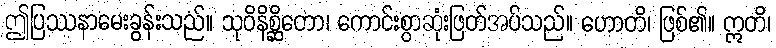
ဤပြဿနာမေးခွန်းသည်။ သုဝိနိစ္ဆိတော၊ ကောင်းစွာဆုံးဖြတ်အပ်သည်။ ဟောတိ၊ ဖြစ်၏။ ဣတိ၊